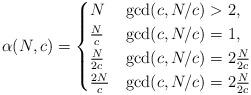
LaTeX: \begin{align*}\alpha(N, c)=\begin{cases}N & \gcd(c, N/c)>2, \\\frac{N}{c} & \gcd(c, N/c)=1, \\\frac{N}{2c} & \gcd(c, N/c) = 2 \frac{N}{2c} \\\frac{2N}{c} & \gcd(c, N/c) = 2 \frac{N}{2c} \end{cases}\end{align*}